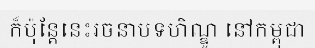
ក៏ប៉ុន្តែនេះរចនាបទហិណ្ឌូ នៅកម្ពុជា